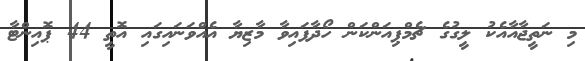
މި ނަތީޖާއާއެކު ލީގުގެ ޗެމްޕިއަންކަން ހޯދާފައިވާ މާޒިޔާ އެއްވަނައިގައި އޮތީ 44 ޕޮއިންޓާ